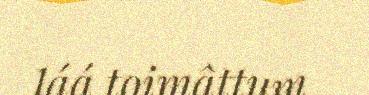
láá toimâttum